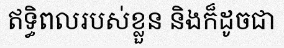
ឥទ្ធិពលរបស់ខ្លួន និងក៏ដូចជា